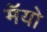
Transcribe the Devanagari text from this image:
मॅयो